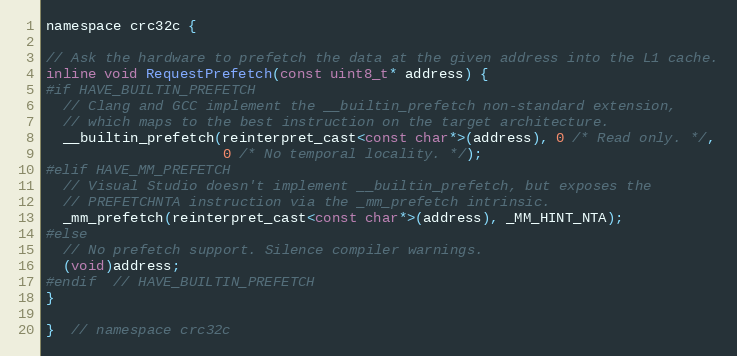
Language: C
namespace crc32c {

// Ask the hardware to prefetch the data at the given address into the L1 cache.
inline void RequestPrefetch(const uint8_t* address) {
#if HAVE_BUILTIN_PREFETCH
  // Clang and GCC implement the __builtin_prefetch non-standard extension,
  // which maps to the best instruction on the target architecture.
  __builtin_prefetch(reinterpret_cast<const char*>(address), 0 /* Read only. */,
                     0 /* No temporal locality. */);
#elif HAVE_MM_PREFETCH
  // Visual Studio doesn't implement __builtin_prefetch, but exposes the
  // PREFETCHNTA instruction via the _mm_prefetch intrinsic.
  _mm_prefetch(reinterpret_cast<const char*>(address), _MM_HINT_NTA);
#else
  // No prefetch support. Silence compiler warnings.
  (void)address;
#endif  // HAVE_BUILTIN_PREFETCH
}

}  // namespace crc32c